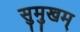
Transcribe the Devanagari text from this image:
सुमुखम्